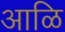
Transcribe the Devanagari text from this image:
आळि